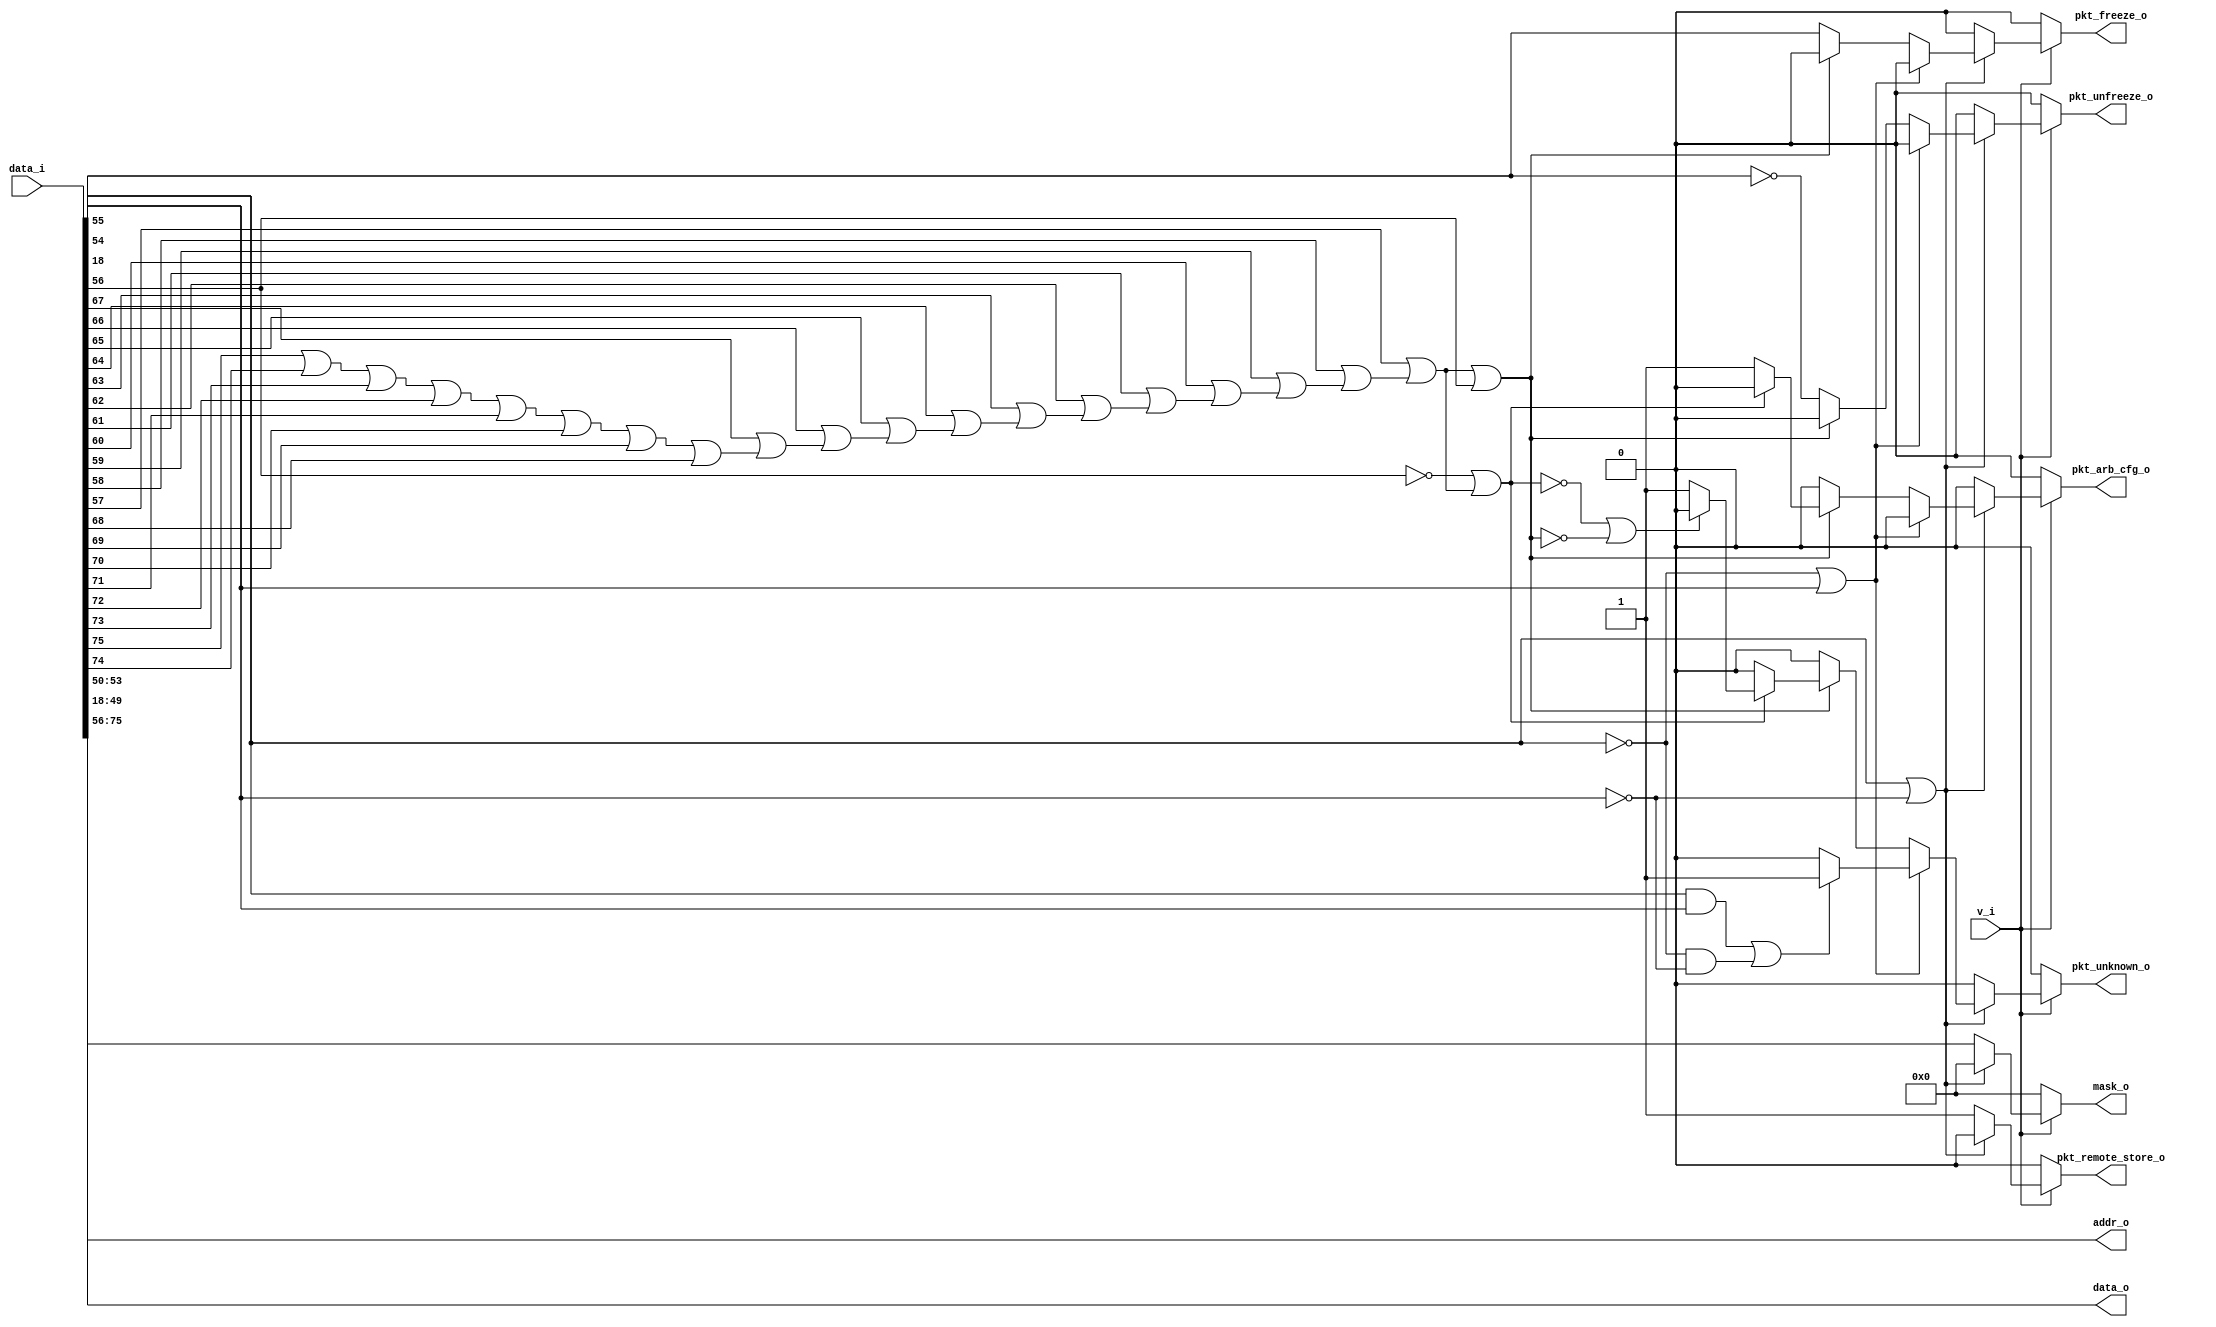
// This program was cloned from: https://github.com/NYU-MLDA/OpenABC
// License: BSD 3-Clause "New" or "Revised" License

module bsg_manycore_pkt_decode_x_cord_width_p4_y_cord_width_p5_data_width_p32_addr_width_p20
(
  v_i,
  data_i,
  pkt_freeze_o,
  pkt_unfreeze_o,
  pkt_arb_cfg_o,
  pkt_unknown_o,
  pkt_remote_store_o,
  data_o,
  addr_o,
  mask_o
);

  input [75:0] data_i;
  output [31:0] data_o;
  output [19:0] addr_o;
  output [3:0] mask_o;
  input v_i;
  output pkt_freeze_o;
  output pkt_unfreeze_o;
  output pkt_arb_cfg_o;
  output pkt_unknown_o;
  output pkt_remote_store_o;
  wire [31:0] data_o;
  wire [19:0] addr_o;
  wire [3:0] mask_o;
  wire pkt_freeze_o,pkt_unfreeze_o,pkt_arb_cfg_o,pkt_unknown_o,pkt_remote_store_o,N0,
  N1,N2,N3,N4,N5,N6,N7,N8,N9,N10,N11,N12,N13,N14,N15,N16,N17,N18,N19,N20,N21,N22,
  N23,N24,N25,N26,N27,N28,N29,N30,N31,N32,N33,N34,N35,N36,N37,N38,N39,N40,N41,N42,
  N43,N44,N45,N46,N47,N48,N49,N50,N51,N52,N53,N54,N55,N56,N57,N58,N59,N60,N61,N62,
  N63,N64,N65,N66,N67,N68,N69,N70,N71,N72,N73,N74,N75;
  assign addr_o[19] = data_i[75];
  assign addr_o[18] = data_i[74];
  assign addr_o[17] = data_i[73];
  assign addr_o[16] = data_i[72];
  assign addr_o[15] = data_i[71];
  assign addr_o[14] = data_i[70];
  assign addr_o[13] = data_i[69];
  assign addr_o[12] = data_i[68];
  assign addr_o[11] = data_i[67];
  assign addr_o[10] = data_i[66];
  assign addr_o[9] = data_i[65];
  assign addr_o[8] = data_i[64];
  assign addr_o[7] = data_i[63];
  assign addr_o[6] = data_i[62];
  assign addr_o[5] = data_i[61];
  assign addr_o[4] = data_i[60];
  assign addr_o[3] = data_i[59];
  assign addr_o[2] = data_i[58];
  assign addr_o[1] = data_i[57];
  assign addr_o[0] = data_i[56];
  assign data_o[31] = data_i[49];
  assign data_o[30] = data_i[48];
  assign data_o[29] = data_i[47];
  assign data_o[28] = data_i[46];
  assign data_o[27] = data_i[45];
  assign data_o[26] = data_i[44];
  assign data_o[25] = data_i[43];
  assign data_o[24] = data_i[42];
  assign data_o[23] = data_i[41];
  assign data_o[22] = data_i[40];
  assign data_o[21] = data_i[39];
  assign data_o[20] = data_i[38];
  assign data_o[19] = data_i[37];
  assign data_o[18] = data_i[36];
  assign data_o[17] = data_i[35];
  assign data_o[16] = data_i[34];
  assign data_o[15] = data_i[33];
  assign data_o[14] = data_i[32];
  assign data_o[13] = data_i[31];
  assign data_o[12] = data_i[30];
  assign data_o[11] = data_i[29];
  assign data_o[10] = data_i[28];
  assign data_o[9] = data_i[27];
  assign data_o[8] = data_i[26];
  assign data_o[7] = data_i[25];
  assign data_o[6] = data_i[24];
  assign data_o[5] = data_i[23];
  assign data_o[4] = data_i[22];
  assign data_o[3] = data_i[21];
  assign data_o[2] = data_i[20];
  assign data_o[1] = data_i[19];
  assign data_o[0] = data_i[18];
  assign N11 = data_i[55] | N10;
  assign N14 = N13 | data_i[54];
  assign N16 = data_i[55] & data_i[54];
  assign N17 = N13 & N10;
  assign N36 = ~data_i[56];
  assign N37 = data_i[74] | data_i[75];
  assign N38 = data_i[73] | N37;
  assign N39 = data_i[72] | N38;
  assign N40 = data_i[71] | N39;
  assign N41 = data_i[70] | N40;
  assign N42 = data_i[69] | N41;
  assign N43 = data_i[68] | N42;
  assign N44 = data_i[67] | N43;
  assign N45 = data_i[66] | N44;
  assign N46 = data_i[65] | N45;
  assign N47 = data_i[64] | N46;
  assign N48 = data_i[63] | N47;
  assign N49 = data_i[62] | N48;
  assign N50 = data_i[61] | N49;
  assign N51 = data_i[60] | N50;
  assign N52 = data_i[59] | N51;
  assign N53 = data_i[58] | N52;
  assign N54 = data_i[57] | N53;
  assign N55 = N36 | N54;
  assign N56 = ~N55;
  assign N23 = (N0)? data_i[18] : 
               (N1)? 1'b0 : 
               (N2)? 1'b0 : 1'b0;
  assign N0 = N19;
  assign N1 = N75;
  assign N2 = 1'b0;
  assign N24 = (N0)? N22 : 
               (N1)? 1'b0 : 
               (N2)? 1'b0 : 1'b0;
  assign N25 = (N0)? 1'b0 : 
               (N3)? 1'b1 : 
               (N21)? 1'b0 : 1'b0;
  assign N3 = N56;
  assign N26 = (N0)? 1'b0 : 
               (N3)? 1'b0 : 
               (N21)? 1'b1 : 1'b0;
  assign N27 = (N4)? 1'b1 : 
               (N5)? 1'b0 : 
               (N6)? 1'b0 : 1'b0;
  assign N4 = N12;
  assign N5 = N15;
  assign N6 = N18;
  assign { N31, N30, N29, N28 } = (N4)? data_i[53:50] : 
                                  (N5)? { 1'b0, 1'b0, 1'b0, 1'b0 } : 
                                  (N6)? { 1'b0, 1'b0, 1'b0, 1'b0 } : 1'b0;
  assign N32 = (N4)? 1'b0 : 
               (N5)? N26 : 
               (N6)? 1'b1 : 1'b0;
  assign N33 = (N4)? 1'b0 : 
               (N5)? N23 : 
               (N6)? 1'b0 : 1'b0;
  assign N34 = (N4)? 1'b0 : 
               (N5)? N24 : 
               (N6)? 1'b0 : 1'b0;
  assign N35 = (N4)? 1'b0 : 
               (N5)? N25 : 
               (N6)? 1'b0 : 1'b0;
  assign pkt_freeze_o = (N7)? N33 : 
                        (N8)? 1'b0 : 1'b0;
  assign N7 = v_i;
  assign N8 = N9;
  assign pkt_unfreeze_o = (N7)? N34 : 
                          (N8)? 1'b0 : 1'b0;
  assign pkt_arb_cfg_o = (N7)? N35 : 
                         (N8)? 1'b0 : 1'b0;
  assign pkt_remote_store_o = (N7)? N27 : 
                              (N8)? 1'b0 : 1'b0;
  assign mask_o = (N7)? { N31, N30, N29, N28 } : 
                  (N8)? { 1'b0, 1'b0, 1'b0, 1'b0 } : 1'b0;
  assign pkt_unknown_o = (N7)? N32 : 
                         (N8)? 1'b0 : 1'b0;
  assign N9 = ~v_i;
  assign N10 = ~data_i[54];
  assign N12 = ~N11;
  assign N13 = ~data_i[55];
  assign N15 = ~N14;
  assign N18 = N16 | N17;
  assign N19 = ~N75;
  assign N75 = N74 | data_i[56];
  assign N74 = N73 | data_i[57];
  assign N73 = N72 | data_i[58];
  assign N72 = N71 | data_i[59];
  assign N71 = N70 | data_i[60];
  assign N70 = N69 | data_i[61];
  assign N69 = N68 | data_i[62];
  assign N68 = N67 | data_i[63];
  assign N67 = N66 | data_i[64];
  assign N66 = N65 | data_i[65];
  assign N65 = N64 | data_i[66];
  assign N64 = N63 | data_i[67];
  assign N63 = N62 | data_i[68];
  assign N62 = N61 | data_i[69];
  assign N61 = N60 | data_i[70];
  assign N60 = N59 | data_i[71];
  assign N59 = N58 | data_i[72];
  assign N58 = N57 | data_i[73];
  assign N57 = data_i[75] | data_i[74];
  assign N20 = N56 | N19;
  assign N21 = ~N20;
  assign N22 = ~data_i[18];

endmodule